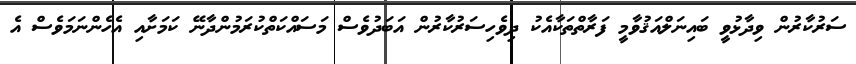
ސަރުކާރުން ވިދާޅުވީ ބައިނަލްއަޤުވާމީ ފަރާތްތަކާއެކު ދިވެހިސަރުކާރުން އަބަދުވެސް މަސައްކަތްކުރަމުންދާނޭ ކަމަށާއި އެހެންނަމަވެސް އެ